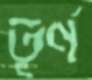
তূর্ণ